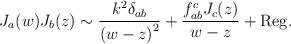
LaTeX: \begin{align*}J_a(w)J_b(z) \sim \frac{k^2 \delta_{ab}}{{(w-z)}^2} +\frac{f_{ab}^c J_c(z)}{w-z} + {\rm Reg.}\end{align*}